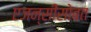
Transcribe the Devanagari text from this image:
एजन्सीसोबत